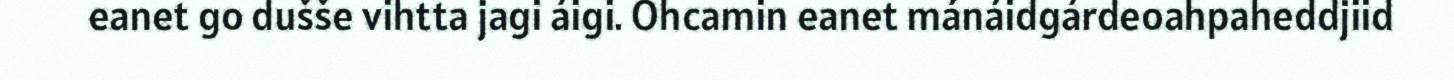
eanet go dušše vihtta jagi áigi. Ohcamin eanet mánáidgárdeoahpaheddjiid